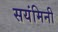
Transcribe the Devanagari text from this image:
सयंमिनी